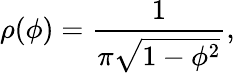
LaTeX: \rho(\phi)=\frac{1}{\pi\sqrt{1-\phi^{2}}},